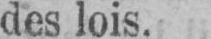
des lois.